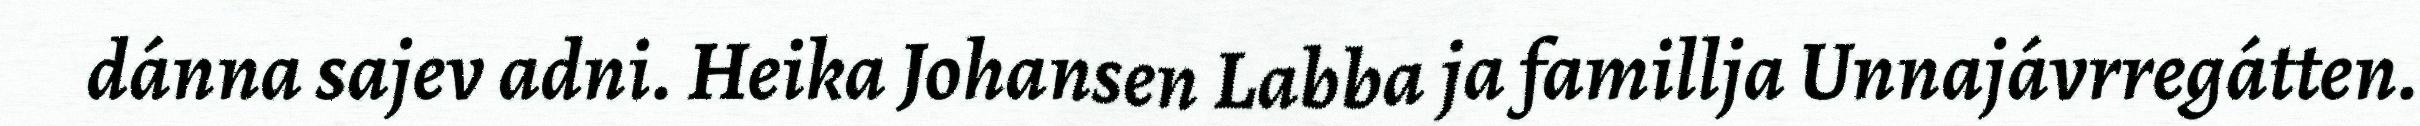
dánna sajev adni. Heika Johansen Labba ja famillja Unnajávrregátten.